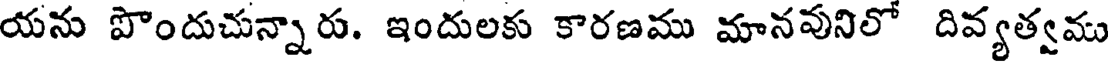
యను పొందుచున్నారు. ఇందులకు కారణము మానవునిలో దివ్యత్వము